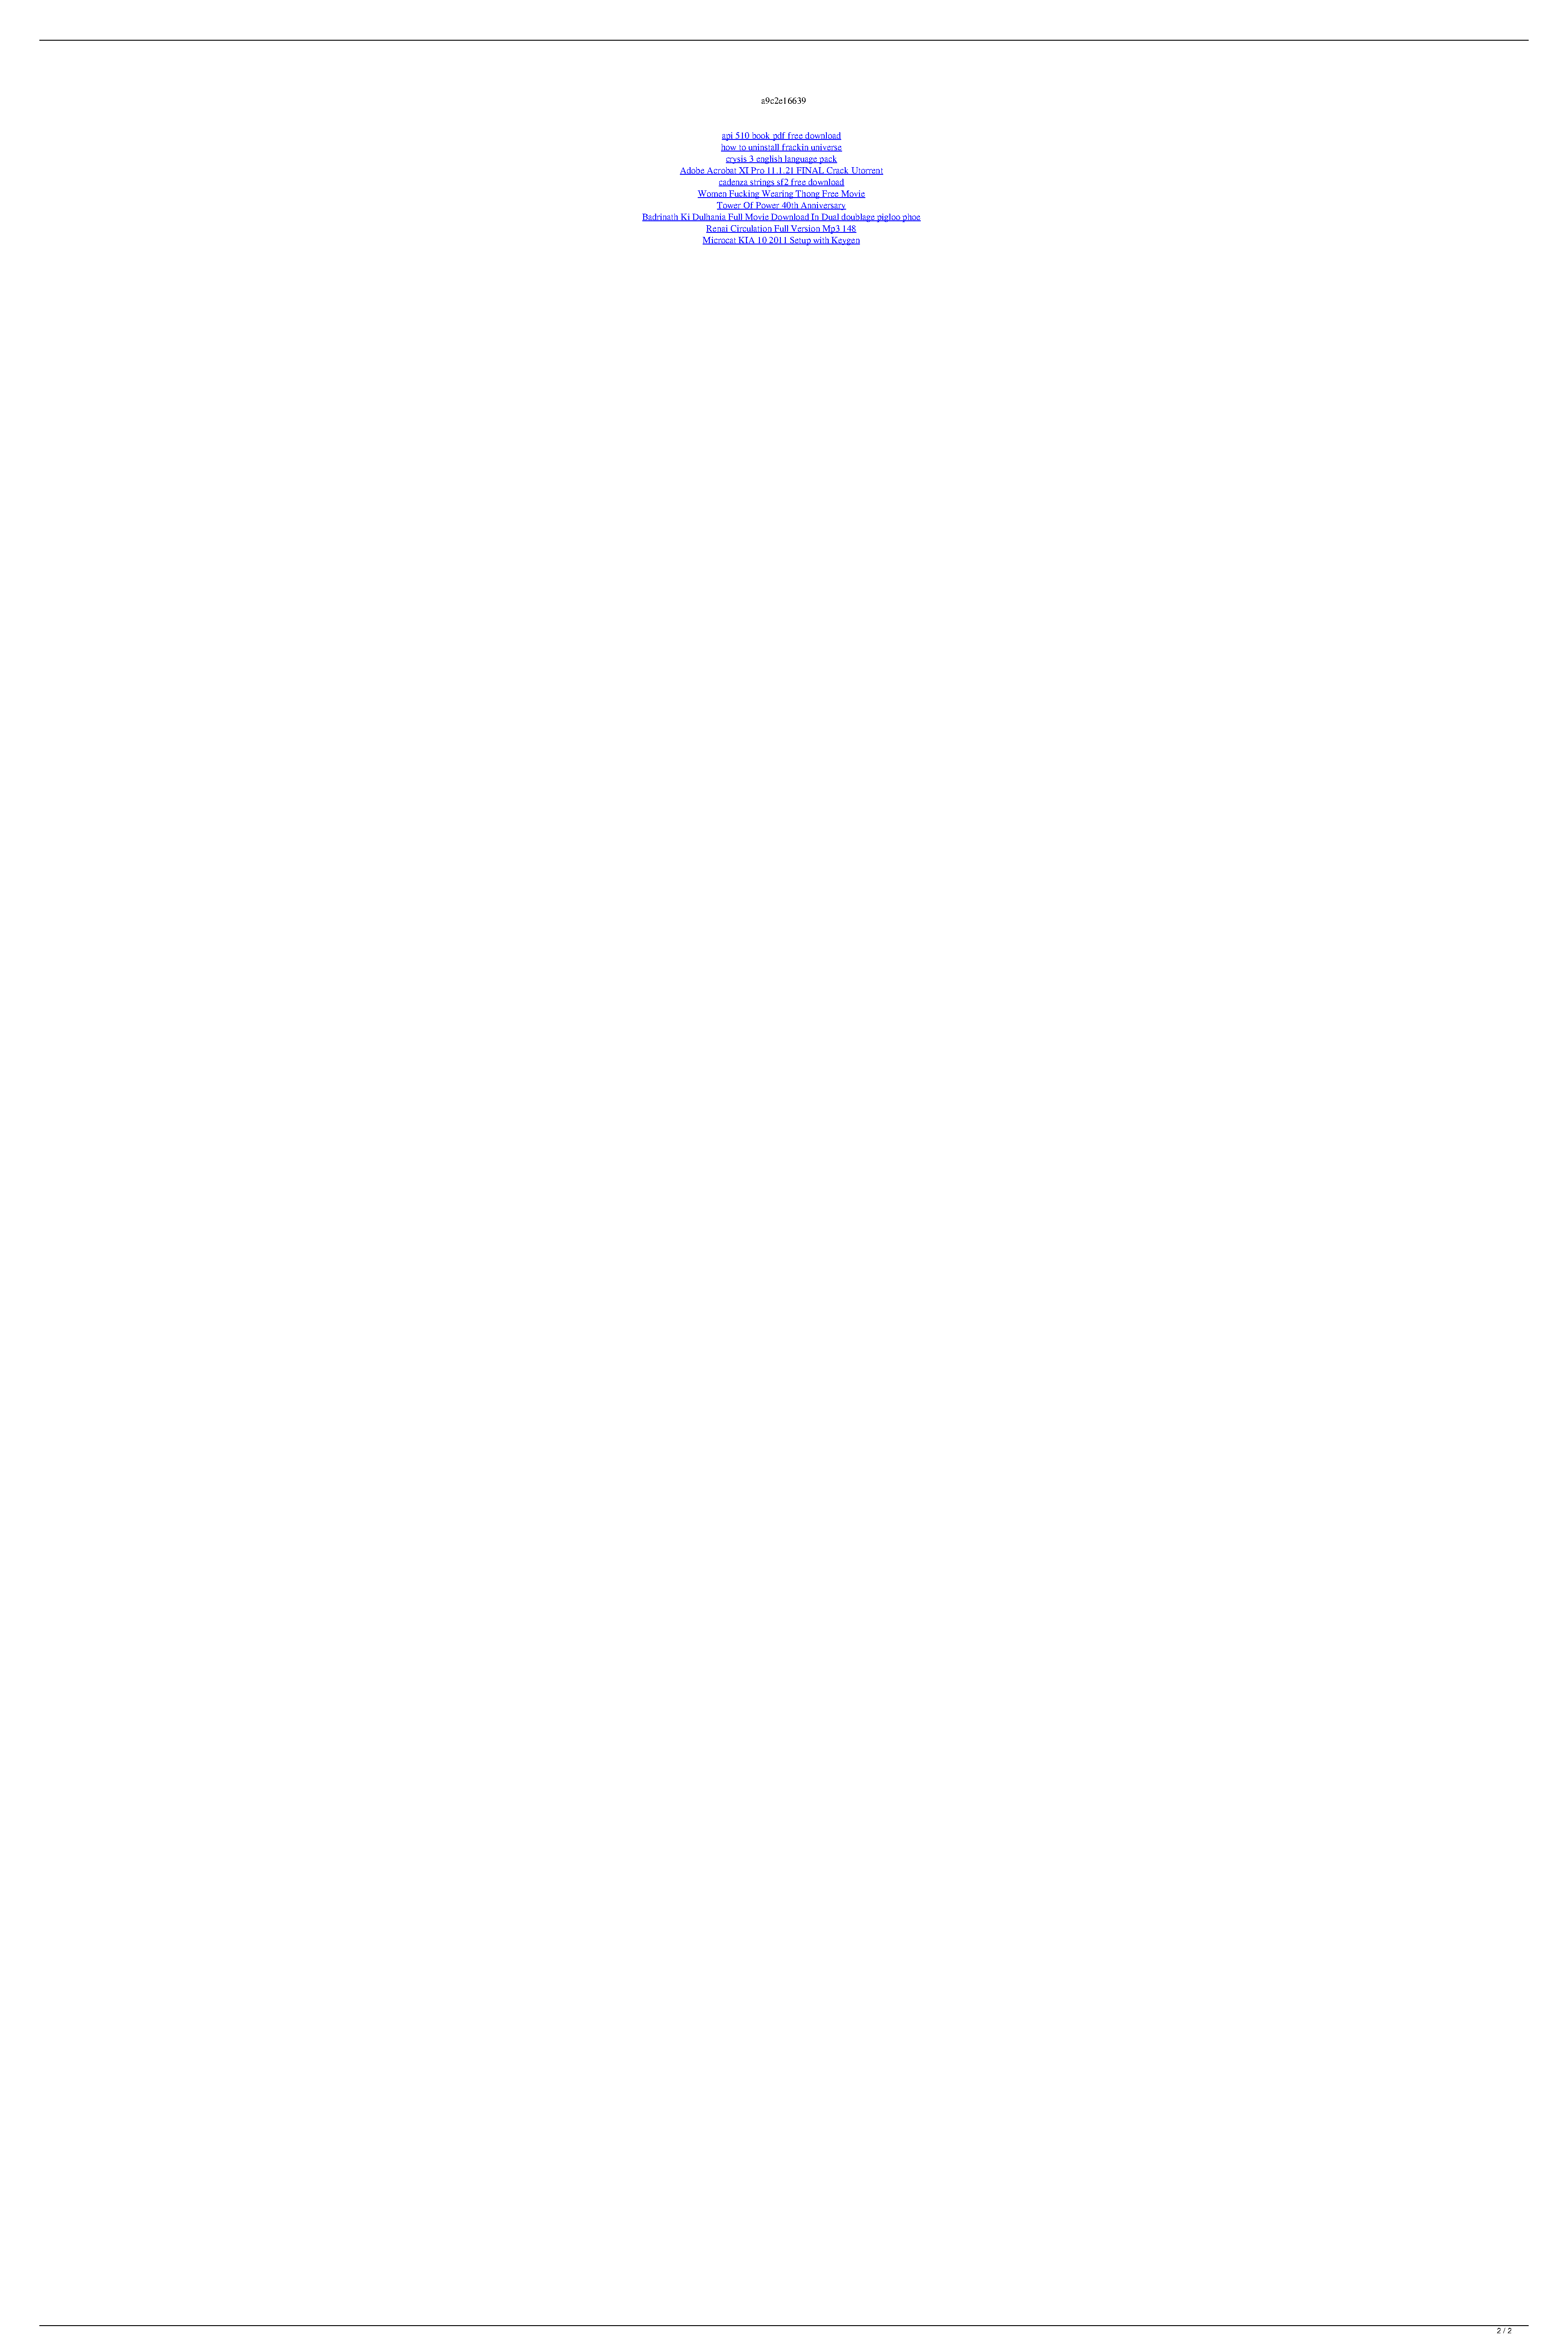
a9c2e16639
 api 510 book pdf free download
 how to uninstall frackin universe
 crysis 3 english language pack
 Adobe Acrobat XI Pro 11.1.21 FINAL Crack Utorrent
 cadenza strings sf2 free download
 Women Fucking Wearing Thong Free Movie
 Tower Of Power 40th Anniversary
 Badrinath Ki Dulhania Full Movie Download In Dual doublage pigloo phoe
 Renai Circulation Full Version Mp3 148
 Microcat KIA 10 2011 Setup with Keygen
 2 / 2
 Native Instruments Massive STANDALONE VSTi RTAS V2.4.0 .rarl filme mexicain darling fiori